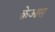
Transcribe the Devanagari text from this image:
क्रेआस्